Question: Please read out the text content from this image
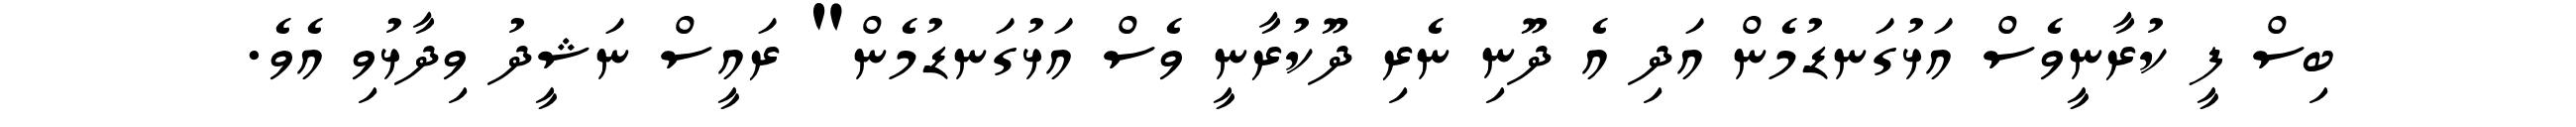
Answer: ބިސް ފީ ކުރާނީވެސް އަޅުގަނޑުމެން އަދި އެ ދޫނި ނެރި ދޫކުރާނީ ވެސް އަޅުގަނޑުމެން" ރައީސް ނަޝީދު ވިދާޅުވި އެވެ.